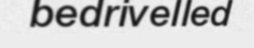
bedrivelled